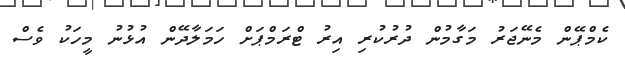
ކެމްޕޭން މެނޭޖަރު މަގާމުން ދުރުކުރި އިރު ޓްރަމްޕަށް ހަމަލާދޭން އުޅުނު މީހަކު ވެސް